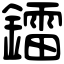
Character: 鐳